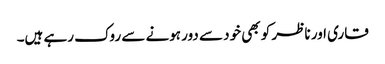
قاری اور ناظر کو بھی خود سے دور ہونے سے روک رہے ہیں۔